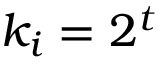
k _ { i } = 2 ^ { t }